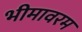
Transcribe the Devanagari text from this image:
भीमावरम